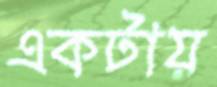
একটায়